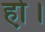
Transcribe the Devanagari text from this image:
हो़।